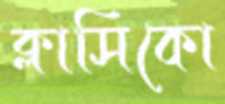
ক্লাসিকো